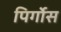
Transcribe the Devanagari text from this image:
पिर्गोस